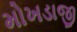
મોખડાજી